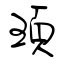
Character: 頊